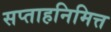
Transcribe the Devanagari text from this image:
सप्ताहनिमित्त